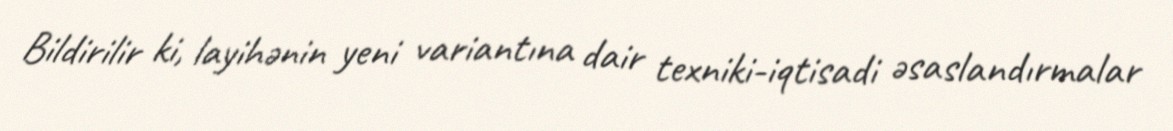
Bildirilir ki, layihənin yeni variantına dair texniki-iqtisadi əsaslandırmalar